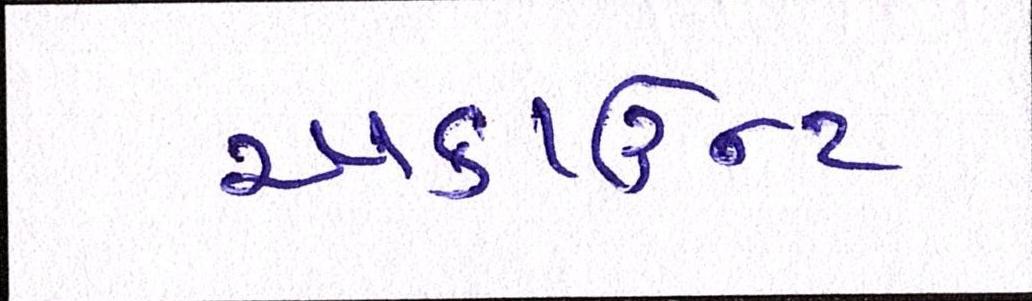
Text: અકાઉન્ટ